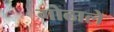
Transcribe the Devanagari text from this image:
गोठाले